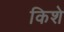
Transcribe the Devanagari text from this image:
किशे